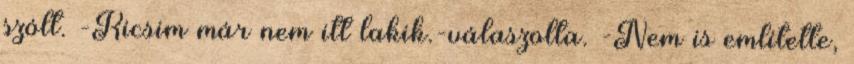
szólt. -Kicsim már nem itt lakik.-válaszolta. -Nem is említette,